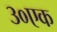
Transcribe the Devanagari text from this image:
३०एक